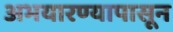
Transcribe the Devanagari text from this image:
अभयारण्यापासून